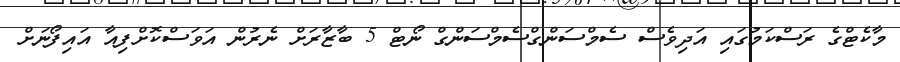
މާކެޓްގެ ރަސްކަމުގައި އަދިވެސް ސެމްސަންގްސެމްސަންގް ނޯޓް 5 ބާޒާރަށް ނެރުން އަވަސްކޮށްފިއާ އައިފޯނަށް